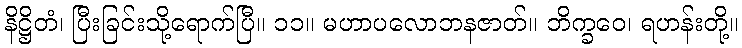
နိဋ္ဌိတံ၊ ပြီးခြင်းသို့ရောက်ပြီ။ ၁၁။ မဟာပလောဘနဇာတ်။ ဘိက္ခဝေ၊ ရဟန်းတို့။